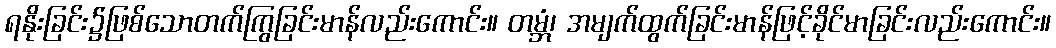
ရနိုးခြင်း၌ဖြစ်သောတက်ကြွခြင်းမာန်လည်းကောင်း။ တမ္ဘံ၊ အမျက်ထွက်ခြင်းမာန်ဖြင့်ခိုင်မာခြင်းလည်းကောင်း။